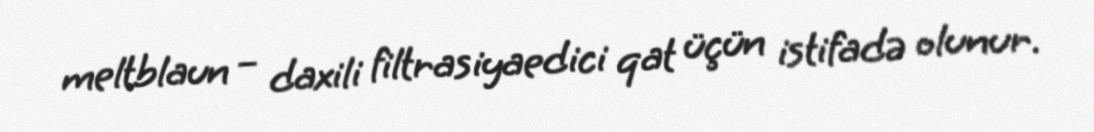
meltblaun – daxili filtrasiyaedici qat üçün istifadə olunur.